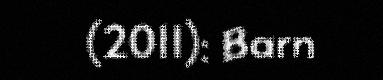
(2011): Barn